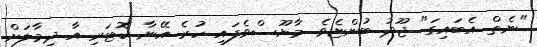
"ނެތް އެބައިގަ" ޖޫދު ބުންޏެވެ. މާޔޫސްވެފައި ހުރެ އޭނާ ކޮޓަރި އާ ދިމާލަށް